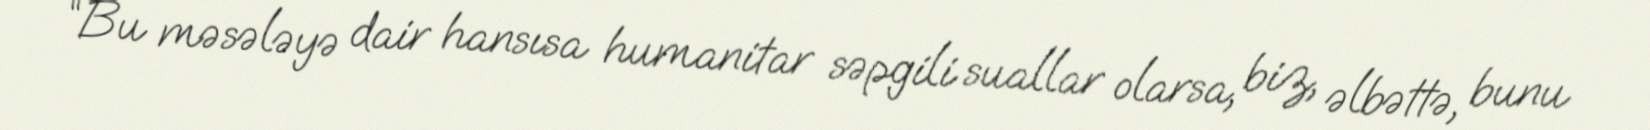
“Bu məsələyə dair hansısa humanitar səpgili suallar olarsa, biz, əlbəttə, bunu